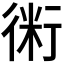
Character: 𧗱